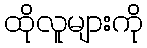
ထိုလူများကို